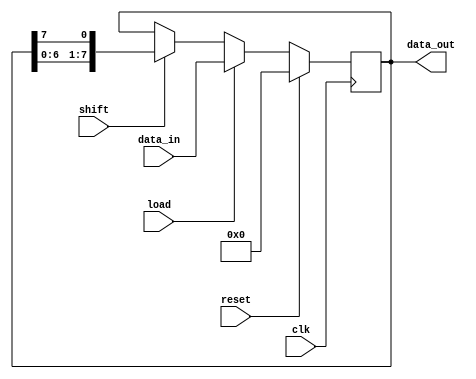
module register (
    input wire clk,
    input wire reset,
    input wire load,
    input wire shift,
    input wire [7:0] data_in,
    output reg [7:0] data_out
);

reg [7:0] register_data;

always @(posedge clk) begin
    if (reset) begin
        register_data <= 8'b0;
    end else begin
        if (load) begin
            register_data <= data_in;
        end else if (shift) begin
            register_data <= {register_data[6:0], register_data[7]};
        end
    end
end

assign data_out = register_data;

endmodule